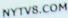
NYTV8.COM